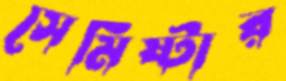
সেমিষ্টার